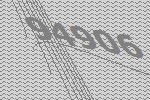
94906